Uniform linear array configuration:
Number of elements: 24
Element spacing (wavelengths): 1
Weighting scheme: binomial
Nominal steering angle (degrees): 60
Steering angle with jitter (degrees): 60.347
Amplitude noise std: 0.05
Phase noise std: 0.05

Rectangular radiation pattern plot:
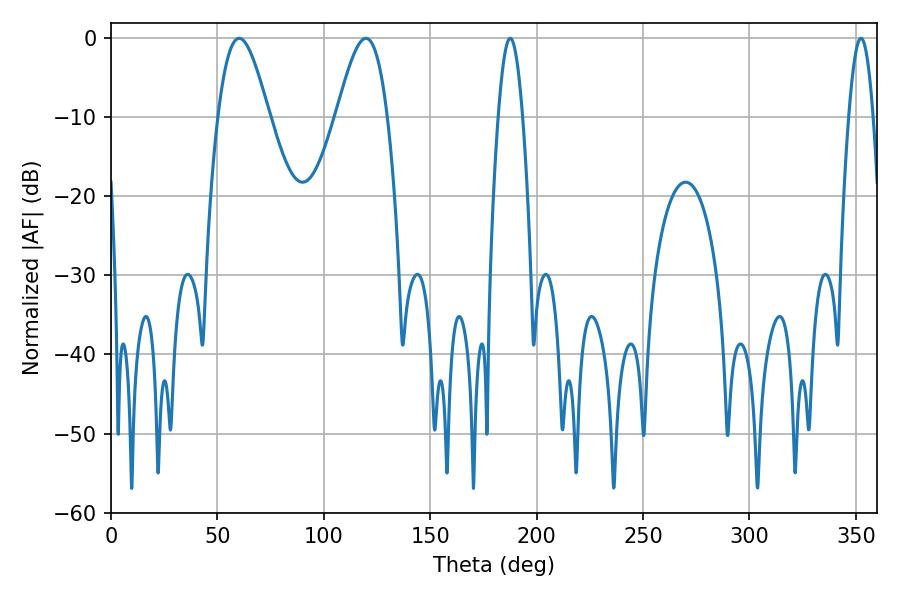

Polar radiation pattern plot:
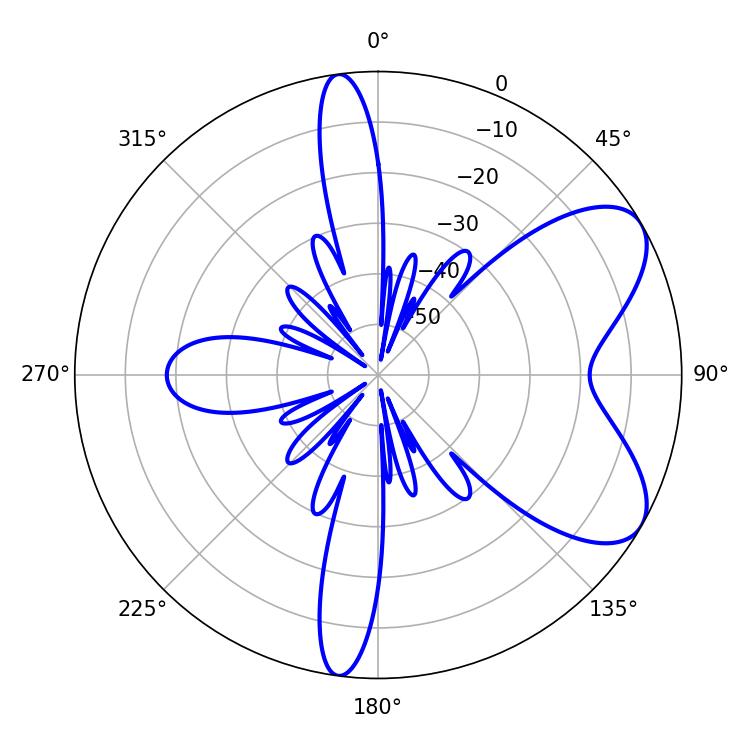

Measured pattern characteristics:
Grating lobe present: TRUE
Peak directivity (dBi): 6.957
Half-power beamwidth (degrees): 6.12
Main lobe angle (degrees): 187.56